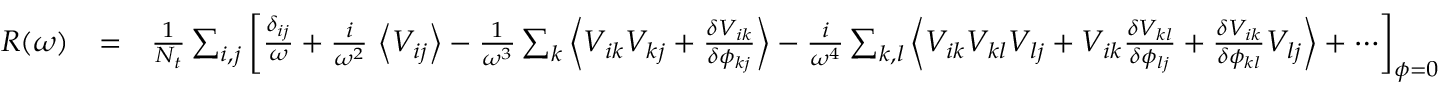
\begin{array} { r l r } { R ( \omega ) } & { = } & { \frac { 1 } { N _ { t } } \sum _ { i , j } \left[ \frac { \delta _ { i j } } { \omega } + \frac { i } { \omega ^ { 2 } } \, \left\langle V _ { i j } \right\rangle - \frac { 1 } { \omega ^ { 3 } } \sum _ { k } \left\langle V _ { i k } V _ { k j } + \frac { \delta V _ { i k } } { \delta \phi _ { k j } } \right\rangle - \frac { i } { \omega ^ { 4 } } \sum _ { k , l } \left\langle V _ { i k } V _ { k l } V _ { l j } + V _ { i k } \frac { \delta V _ { k l } } { \delta \phi _ { l j } } + \frac { \delta V _ { i k } } { \delta \phi _ { k l } } V _ { l j } \right\rangle + \cdots \right] _ { \boldsymbol { \phi } = 0 } } \end{array}